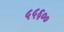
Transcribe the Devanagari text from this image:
५५६००